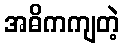
အဓိကကျတဲ့